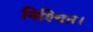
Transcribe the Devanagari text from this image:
निश्‍चित।